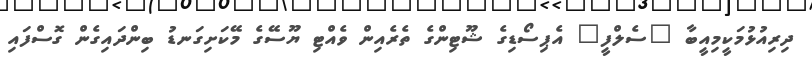
ދިރިއުޅުމަކީމިއީބާ "ސެލްފީ" އެޕިސޯޑިގެ ޝޫޓިންގެ ތެރެއިން ވެއްޓި ޔޫސޭގެ މޭކަށިގަނޑު ބިންދައިގެން ގޮސްފައި